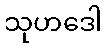
သုဟဒေါ